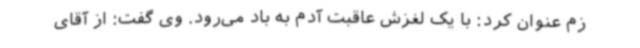
زم عنوان کرد: با یک لغزش عاقبت آدم به باد می‌رود. وی گفت: از آقای